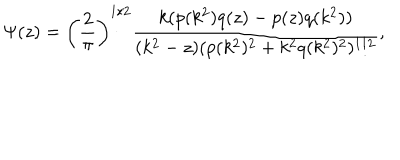
\Psi ( z ) = \left( \frac { 2 } { \pi } \right) ^ { 1 / 2 } \frac { k ( p ( k ^ { 2 } ) q ( z ) - p ( z ) q ( k ^ { 2 } ) ) } { ( k ^ { 2 } - z ) ( p ( k ^ { 2 } ) ^ { 2 } + k ^ { 2 } q ( k ^ { 2 } ) ^ { 2 } ) ^ { 1 / 2 } } ,